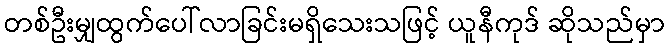
တစ်ဦးမျှထွက်ပေါ်လာခြင်းမရှိသေးသဖြင့် ယူနီကုဒ် ဆိုသည်မှာ